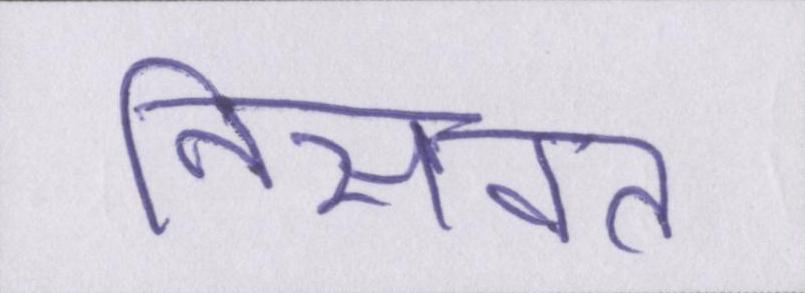
निसवत